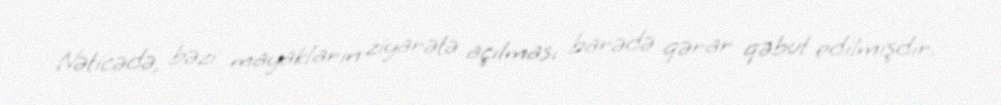
Nəticədə, bəzi mayakların ziyarətə açılması barədə qərar qəbul edilmişdir.